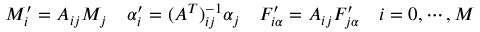
M _ { i } ^ { \prime } = A _ { i j } M _ { j } \quad \alpha _ { i } ^ { \prime } = ( A ^ { T } ) _ { i j } ^ { - 1 } \alpha _ { j } \quad F _ { i \alpha } ^ { \prime } = A _ { i j } F _ { j \alpha } ^ { \prime } \quad i = 0 , \cdots , M